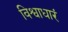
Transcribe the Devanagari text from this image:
विश्वाधारं